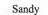
Sandy